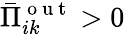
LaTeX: \bar{\Pi}_{ik}^{\mathrm{~o~u~t~}}>0